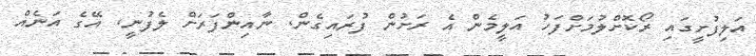
އަލިފުށީގައި ރޯކޮށްލުމަށްފަހު އަލީމެން އެ ރަށުން ފުރައިގެން